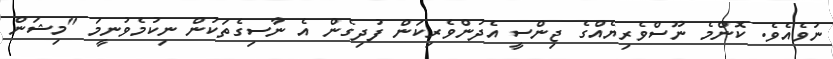
ނުވެއެވެ. ކޮންމެ ނޫސްވެރިޔެއްގެ ޖިންސީ އެދުންވެރިކަން ފުދިގެން އެ ނާސިގެތަކުން ނިކުމެވުނީމަ "މިޝަން